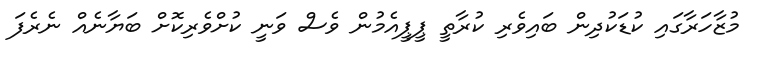
މުޒާހަރާގައި ކުޑަކުދިން ބައިވެރި ކުރާތީ ޕީޕީއެމުން ވެސް ވަނީ ކުށްވެރިކޮށް ބަޔާނެއް ނެރެފަ